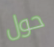
حول